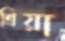
শ্রিয়া